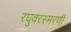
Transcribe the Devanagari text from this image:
रघुवरस्मरणी